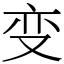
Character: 变